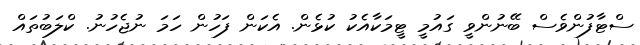
ސްޓާފުންވެސް ބޭނުންވީ ގައުމީ ޓީމަކާއެކު ކުޅެން. އެކަން ފަހުން ހަމަ ނުޖެހުނު. ކްލަބުތައް